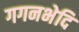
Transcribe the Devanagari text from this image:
गगनभेदि